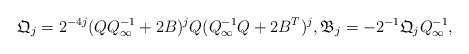
\begin{align*}\mathfrak{Q}_j=2^{-4j}(QQ_{\infty}^{-1}+2B)^jQ(Q_{\infty}^{-1}Q+2B^T)^j, \mathfrak{B}_j=-2^{-1}\mathfrak{Q}_jQ_{\infty}^{-1}, \end{align*}